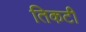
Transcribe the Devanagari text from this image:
तिकटी